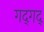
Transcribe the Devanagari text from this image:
गद्‍गद्